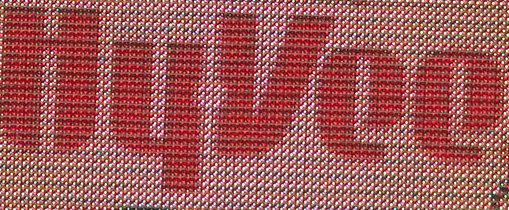
HyVee